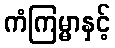
ကံကြမ္မာနှင့်